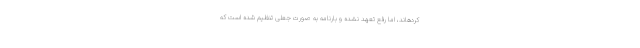
کردهاند، اما رفع تعهد نشده و بارنامه به صورت جعلی تنظیم شده است که